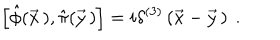
\left[ \hat { \phi } ( \vec { x } \, ) , \hat { \pi } ( \vec { y } \, ) \right] = i \delta ^ { ( 3 ) } \left( \vec { x } - \vec { y } \, \right) \ .